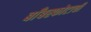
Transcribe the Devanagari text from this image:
बाँबस्फोटाची